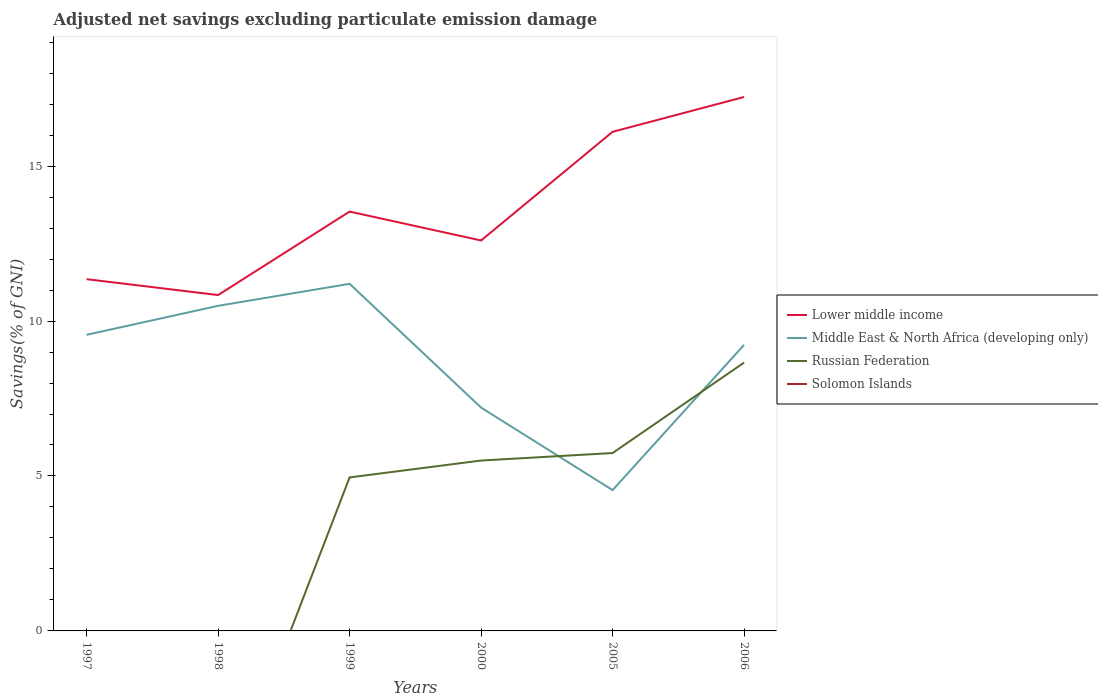
| Years | Lower middle income | Middle East & North Africa (developing only) | Russian Federation | Solomon Islands |
 | --- | --- | --- | --- | --- |
 | 1997 | 11.4 | 9.56 | -1.89 | -21.8 |
 | 1998 | 10.8 | 10.5 | -6.07 | -11.5 |
 | 1999 | 13.5 | 11.2 | 4.95 | -5.5 |
 | 2000 | 12.6 | 7.21 | 5.5 | -12.4 |
 | 2005 | 16.1 | 4.54 | 5.74 | -19.7 |
 | 2006 | 17.2 | 9.23 | 8.66 | -11.6 |